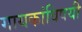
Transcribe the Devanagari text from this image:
गायकांविषयी